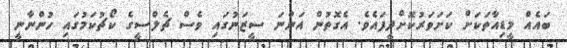
ބައެއް މީޑިއާތަކަށް ކަށަވަރުކޮށްދީފައެވެ. އެގޮތުން އަންނަ ސީޒަނުގައި ވެސް ޗެލްސީގެ ކޯޗުކަމުގައި ހުންނާނީ